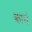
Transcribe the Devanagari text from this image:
कायं